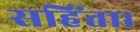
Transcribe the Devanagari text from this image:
सहिंता।